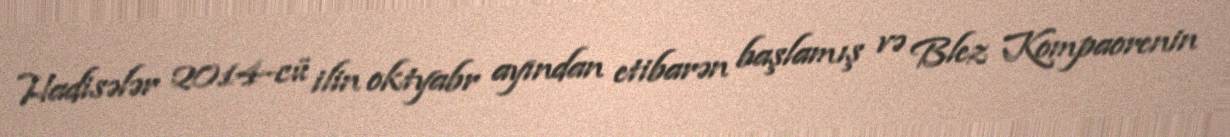
Hadisələr 2014-cü ilin oktyabr ayından etibarən başlamış və Blez Kompaorenin